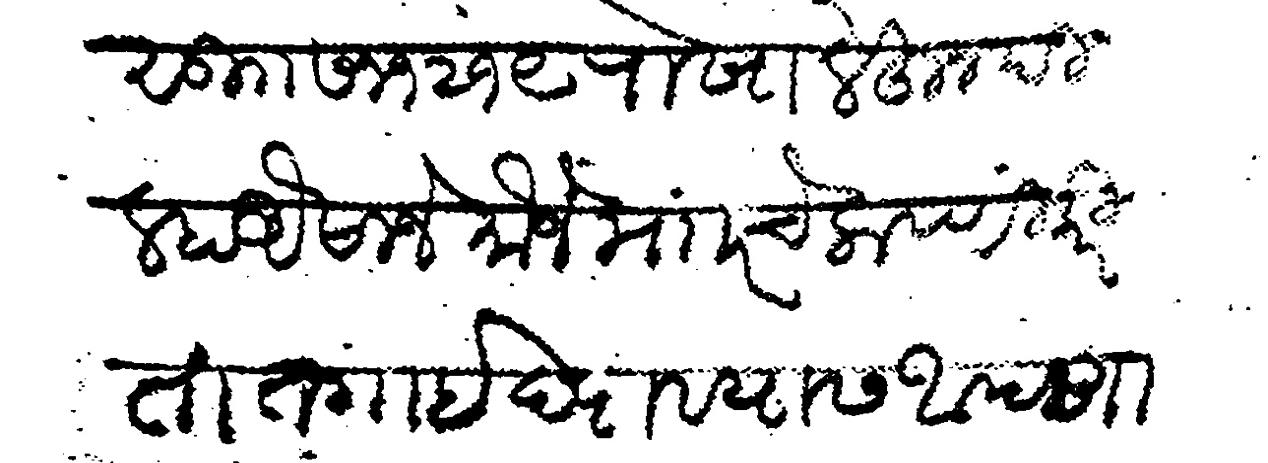
Transliteration (Devanagari): सु सन १२१९ रोखा लेहून दिल्हा औसाजे मौजे माार चे लावणी करिता तगाई द्यावयास आपणापासून